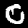
Label: 0